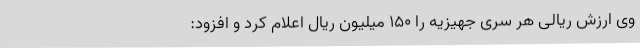
وی ارزش ریالی هر سری جهیزیه را 150 میلیون ریال اعلام کرد و افزود: